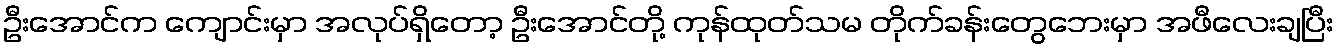
ဦးအောင်က ကျောင်းမှာ အလုပ်ရှိတော့ ဦးအောင်တို့ ကုန်ထုတ်သမ တိုက်ခန်းတွေဘေးမှာ အဖီလေးချပြီး